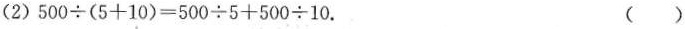
(2)$$5 0 0 \div ( 5 + 1 0 ) = 5 0 0 \div 5 + 5 0 0 \div 1 0$$. ( )